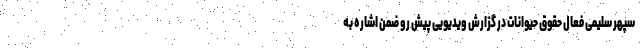
سپهر سلیمی فعال حقوق حیوانات در گزارش ویدیویی پیش رو ضمن اشاره به